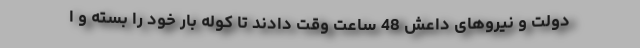
دولت و نیروهای داعش 48 ساعت وقت دادند تا کوله بار خود را بسته و ا